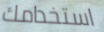
استخدامك